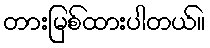
တားမြစ်ထားပါတယ်။